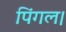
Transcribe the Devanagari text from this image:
पिंगल।